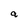
Character: a